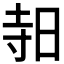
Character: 𪰛